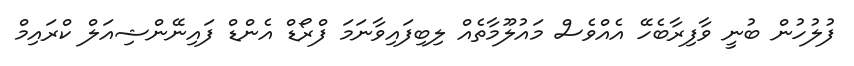
ފުލުހުން ބުނީ ވާފިރާބެހޭ އެއްވެސް މައުލޫމާތެއް ލިބިފައިވާނަމަ ފްރޯޑް އެންޑް ފައިނޭންޝިއަލް ކްރައިމް